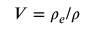
V = \rho _ { e } / \rho